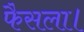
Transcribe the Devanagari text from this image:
फैसला।